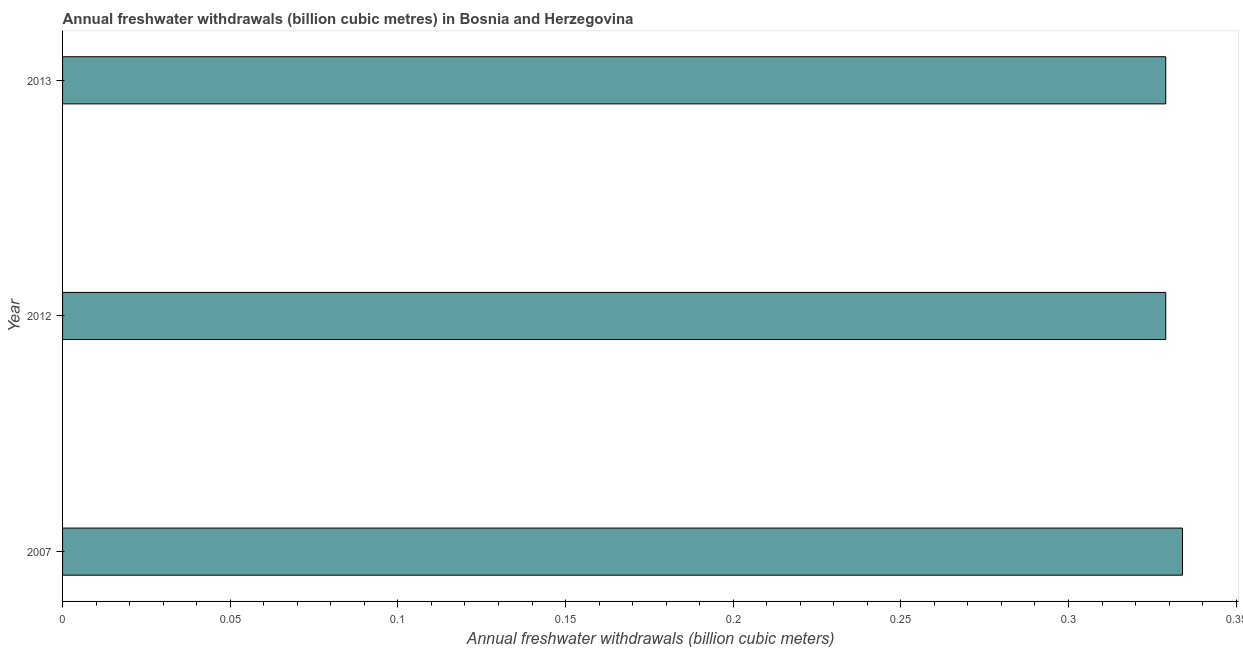
| Year | Annual freshwater withdrawals |
 | --- | --- |
 | 2007 | 0.334 |
 | 2012 | 0.329 |
 | 2013 | 0.329 |